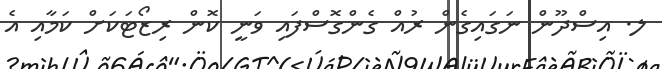
ލ. އިސްދޫން ނަގައިގެން ރުއް ގެންގޮސްފައި ވަނީ ކޮން ރިޒޯޓަކަށް ކަމާއި އެ